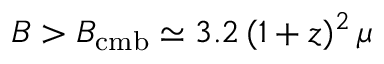
B > B _ { \mathrm { c m b } } \simeq 3 . 2 \, ( 1 + z ) ^ { 2 } \, \mu